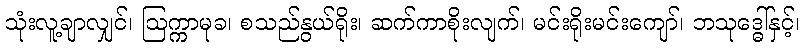
သုံးလူ့ချာလျှင်၊ ဩက္ကာမုခ၊ စသည်နွယ်ရိုး၊ ဆက်ကာစိုးလျက်၊ မင်းရိုးမင်းကျော်၊ ဘသုဒ္ဓေါ်နှင့်၊